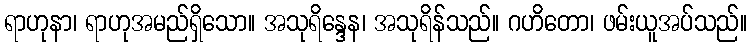
ရာဟုနာ၊ ရာဟုအမည်ရှိသော။ အသုရိန္ဒေန၊ အသုရိန်သည်။ ဂဟိတော၊ ဖမ်းယူအပ်သည်။